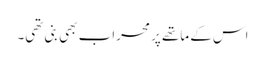
اس کے ماتھے پر محراب بھی بنی تھی۔